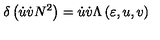
\delta \left( \dot { u } \dot { v } N ^ { 2 } \right) = \dot { u } \dot { v } \Lambda \left( \varepsilon , u , v \right)